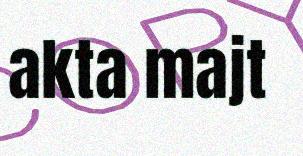
akta majt